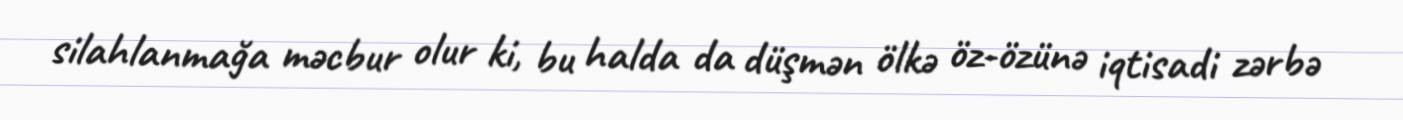
silahlanmağa məcbur olur ki, bu halda da düşmən ölkə öz-özünə iqtisadi zərbə